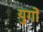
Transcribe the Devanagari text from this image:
युगाें